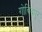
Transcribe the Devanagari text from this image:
गोविंदपुर्